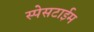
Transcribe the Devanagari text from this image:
स्पेसटाईम